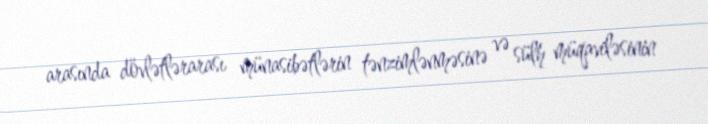
arasında dövlətlərarası münasibətlərin tənzimlənməsinə və sülh müqaviləsinin